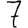
Digit: 7